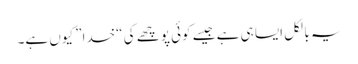
یہ بالکل ایسا ہی ہے جیسے کوئی پوچھے کی “خدا” کیوں ہے۔